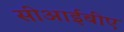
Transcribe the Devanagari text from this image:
सीआईबीए